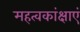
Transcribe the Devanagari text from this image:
महत्वकांक्षाएं